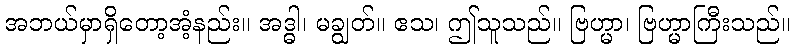
အဘယ်မှာရှိတော့အံ့နည်း။ အဒ္ဓါ၊ မချွတ်။ ဧသ၊ ဤသူသည်။ ဗြဟ္မာ၊ ဗြဟ္မာကြီးသည်။